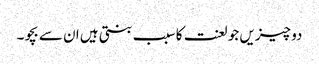
دو چیزیں جو لعنت کا سبب بنتی ہیں ان سے بچو۔